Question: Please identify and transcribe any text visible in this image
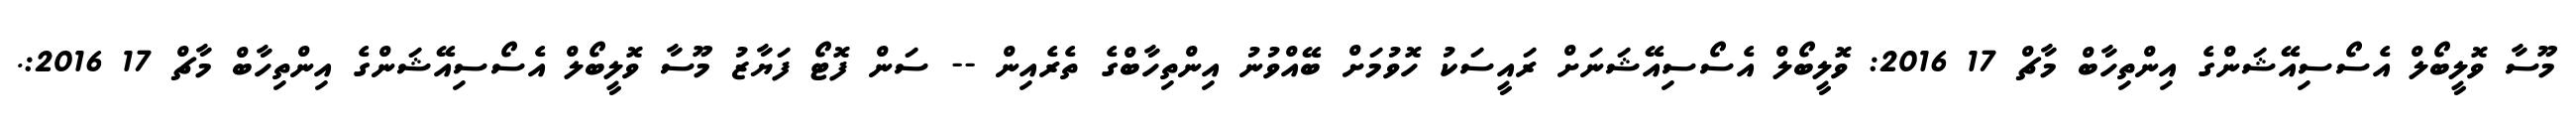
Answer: މޫސާ ވޮލީބޯލް އެސޯސިއޭޝަންގެ އިންތިހާބް މާޗް 17 2016: ވޮލީބޯލް އެސޯސިއޭޝަނަށް ރައީސަކު ހޮވުމަށް ބޭއްވުނު އިންތިހާބްގެ ތެރެއިން -- ސަން ފޮޓޯ ފަޔާޒު މޫސާ ވޮލީބޯލް އެސޯސިއޭޝަންގެ އިންތިހާބް މާޗް 17 2016:.